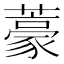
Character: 𮒑